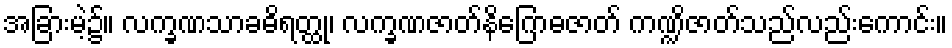
အခြားမဲ့၌။ လက္ခဏသာခဓိရတ္ထု၊ လက္ခဏဇာတ်နိဂြောဓဇာတ် ကဏ္ဍိဇာတ်သည်လည်းကောင်း။